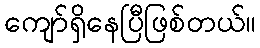
ကျော်ရှိနေပြီဖြစ်တယ်။